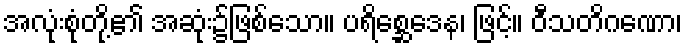
အလုံးစုံတို့၏ အဆုံး၌ဖြစ်သော။ ပရိစ္ဆေဒေန၊ ဖြင့်။ ဝီသတိဂဏော၊